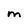
Character: m